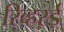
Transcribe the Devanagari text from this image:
रिव्हर्स्ड